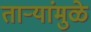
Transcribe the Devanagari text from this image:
तार्‍यांमुळे